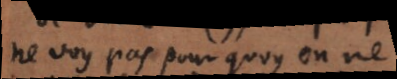
ne voy pas pourquoy on ne